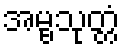
အမ္ဗသုတ္တံ